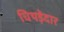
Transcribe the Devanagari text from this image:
चिथड़ेदार